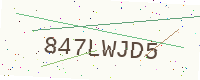
Text: 847LWJD5